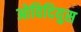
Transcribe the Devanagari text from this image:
ओविदियुस